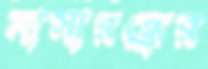
নাসারন্ধ্রের